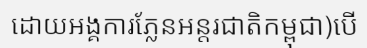
ដោយអង្គការភ្លែនអន្តរជាតិកម្ពុជា)បើ